system: You are a helpful assistant.
user:
Analyze the provided spectrum to determine if it is a **"Cataclysmic Variables (CV)"**.

- **Key Indicators for CV (Check for either state):**
    - **State 1: Quiescent / Low-State (Emission-Dominated)**
        - **(Primary):** Strong and *very broad* Hydrogen Balmer emission lines (e.g., $H\alpha$ at 6563 Å, $H\beta$ at 4861 Å). The 'broadness' (high velocity dispersion, often FWHM > 1000 km/s) is the key diagnostic, indicating a high-velocity accretion disk.
        - **(Secondary):** Broad neutral Helium (He I) emission lines (e.g., 5876 Å, 6678 Å).
        - **(Key Confirmation):** Presence of high-excitation *ionized* Helium (He II) emission at 4686 Å. This is a strong indicator of accretion onto a white dwarf.
        - **(Line Profile):** Emission lines may exhibit a 'double-peaked' profile, which is a classic signature of a rotating accretion disk viewed at high inclination.

    - **State 2: Outburst / High-State (Absorption-Dominated)**
        - **(Primary):** Spectrum is dominated by a bright, blue continuum (looks like a hot star).
        - **(Secondary):** The emission lines from State 1 are weak, absent, or 'filled in', and are replaced by broad, shallow *absorption* lines (primarily Balmer and He I).
        - **(Morphology):** The overall spectrum mimics a hot B/A-type star. The crucial difference is that the absorption lines are significantly broader, shallower, and more 'washed-out' (or 'smeared') than the sharp lines of a normal stellar photosphere, due to high rotational speeds and pressure broadening in the disk.

Think first, call **spectral_visualization_tool** if needed to examine features in detail, then provide your final answer. Your response must adhere to the following strict rules:
1.  **Overall Structure:** Your response must follow the format `<think>...</think> <tool_call>...</tool_call> (if a tool is used) <answer>...</answer>`.
2.  **Tool Usage Constraint:** You may only make **one** tool call per turn.
3.  **Final Answer Format:** In the `<answer>` tag, your conclusion must be inside a `\boxed{}` command (e.g., `\boxed{YES}`), followed by your justification.

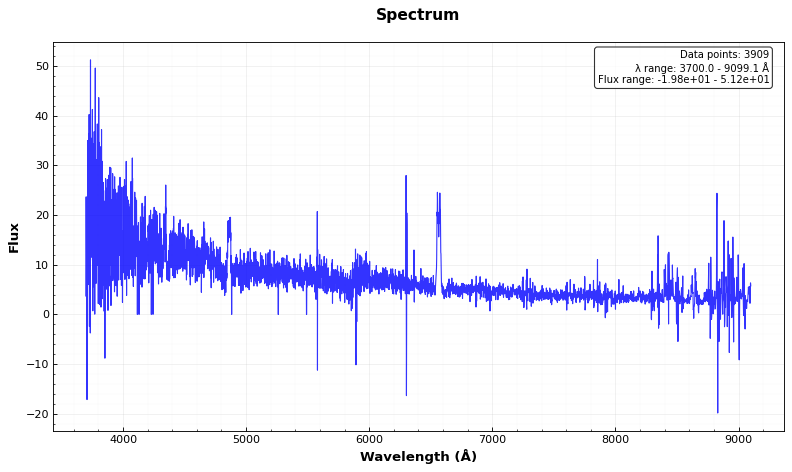
Answer: YES